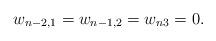
LaTeX: \begin{align*}w_{n-2,1}=w_{n-1,2}=w_{n3}=0.\end{align*}